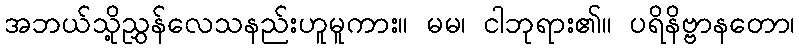
အဘယ်သို့ညွှန်လေသနည်းဟူမူကား။ မမ၊ ငါဘုရား၏။ ပရိနိဗ္ဗာနတော၊